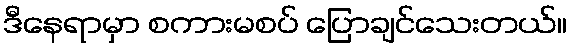
ဒီနေရာမှာ စကားမစပ် ပြောချင်သေးတယ်။